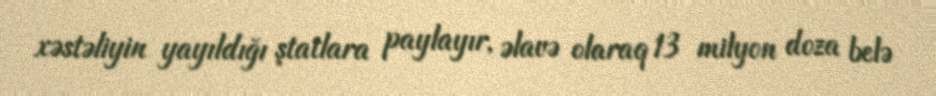
xəstəliyin yayıldığı ştatlara paylayır, əlavə olaraq 13 milyon doza belə